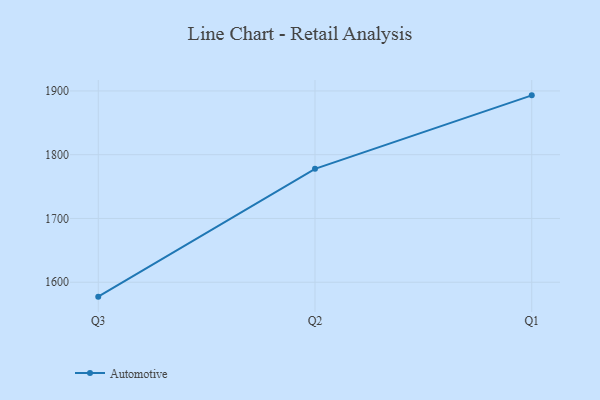
{"axis": {"x": "Quarter", "y": "Temperature (°C)"}, "legend": ["Automotive"], "data": [{"x": "Q3", "y": 1577.4, "type": "Automotive"}, {"x": "Q2", "y": 1777.8, "type": "Automotive"}, {"x": "Q1", "y": 1893.1, "type": "Automotive"}]}